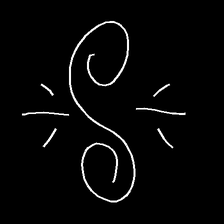
Glyph: wind-directs-air